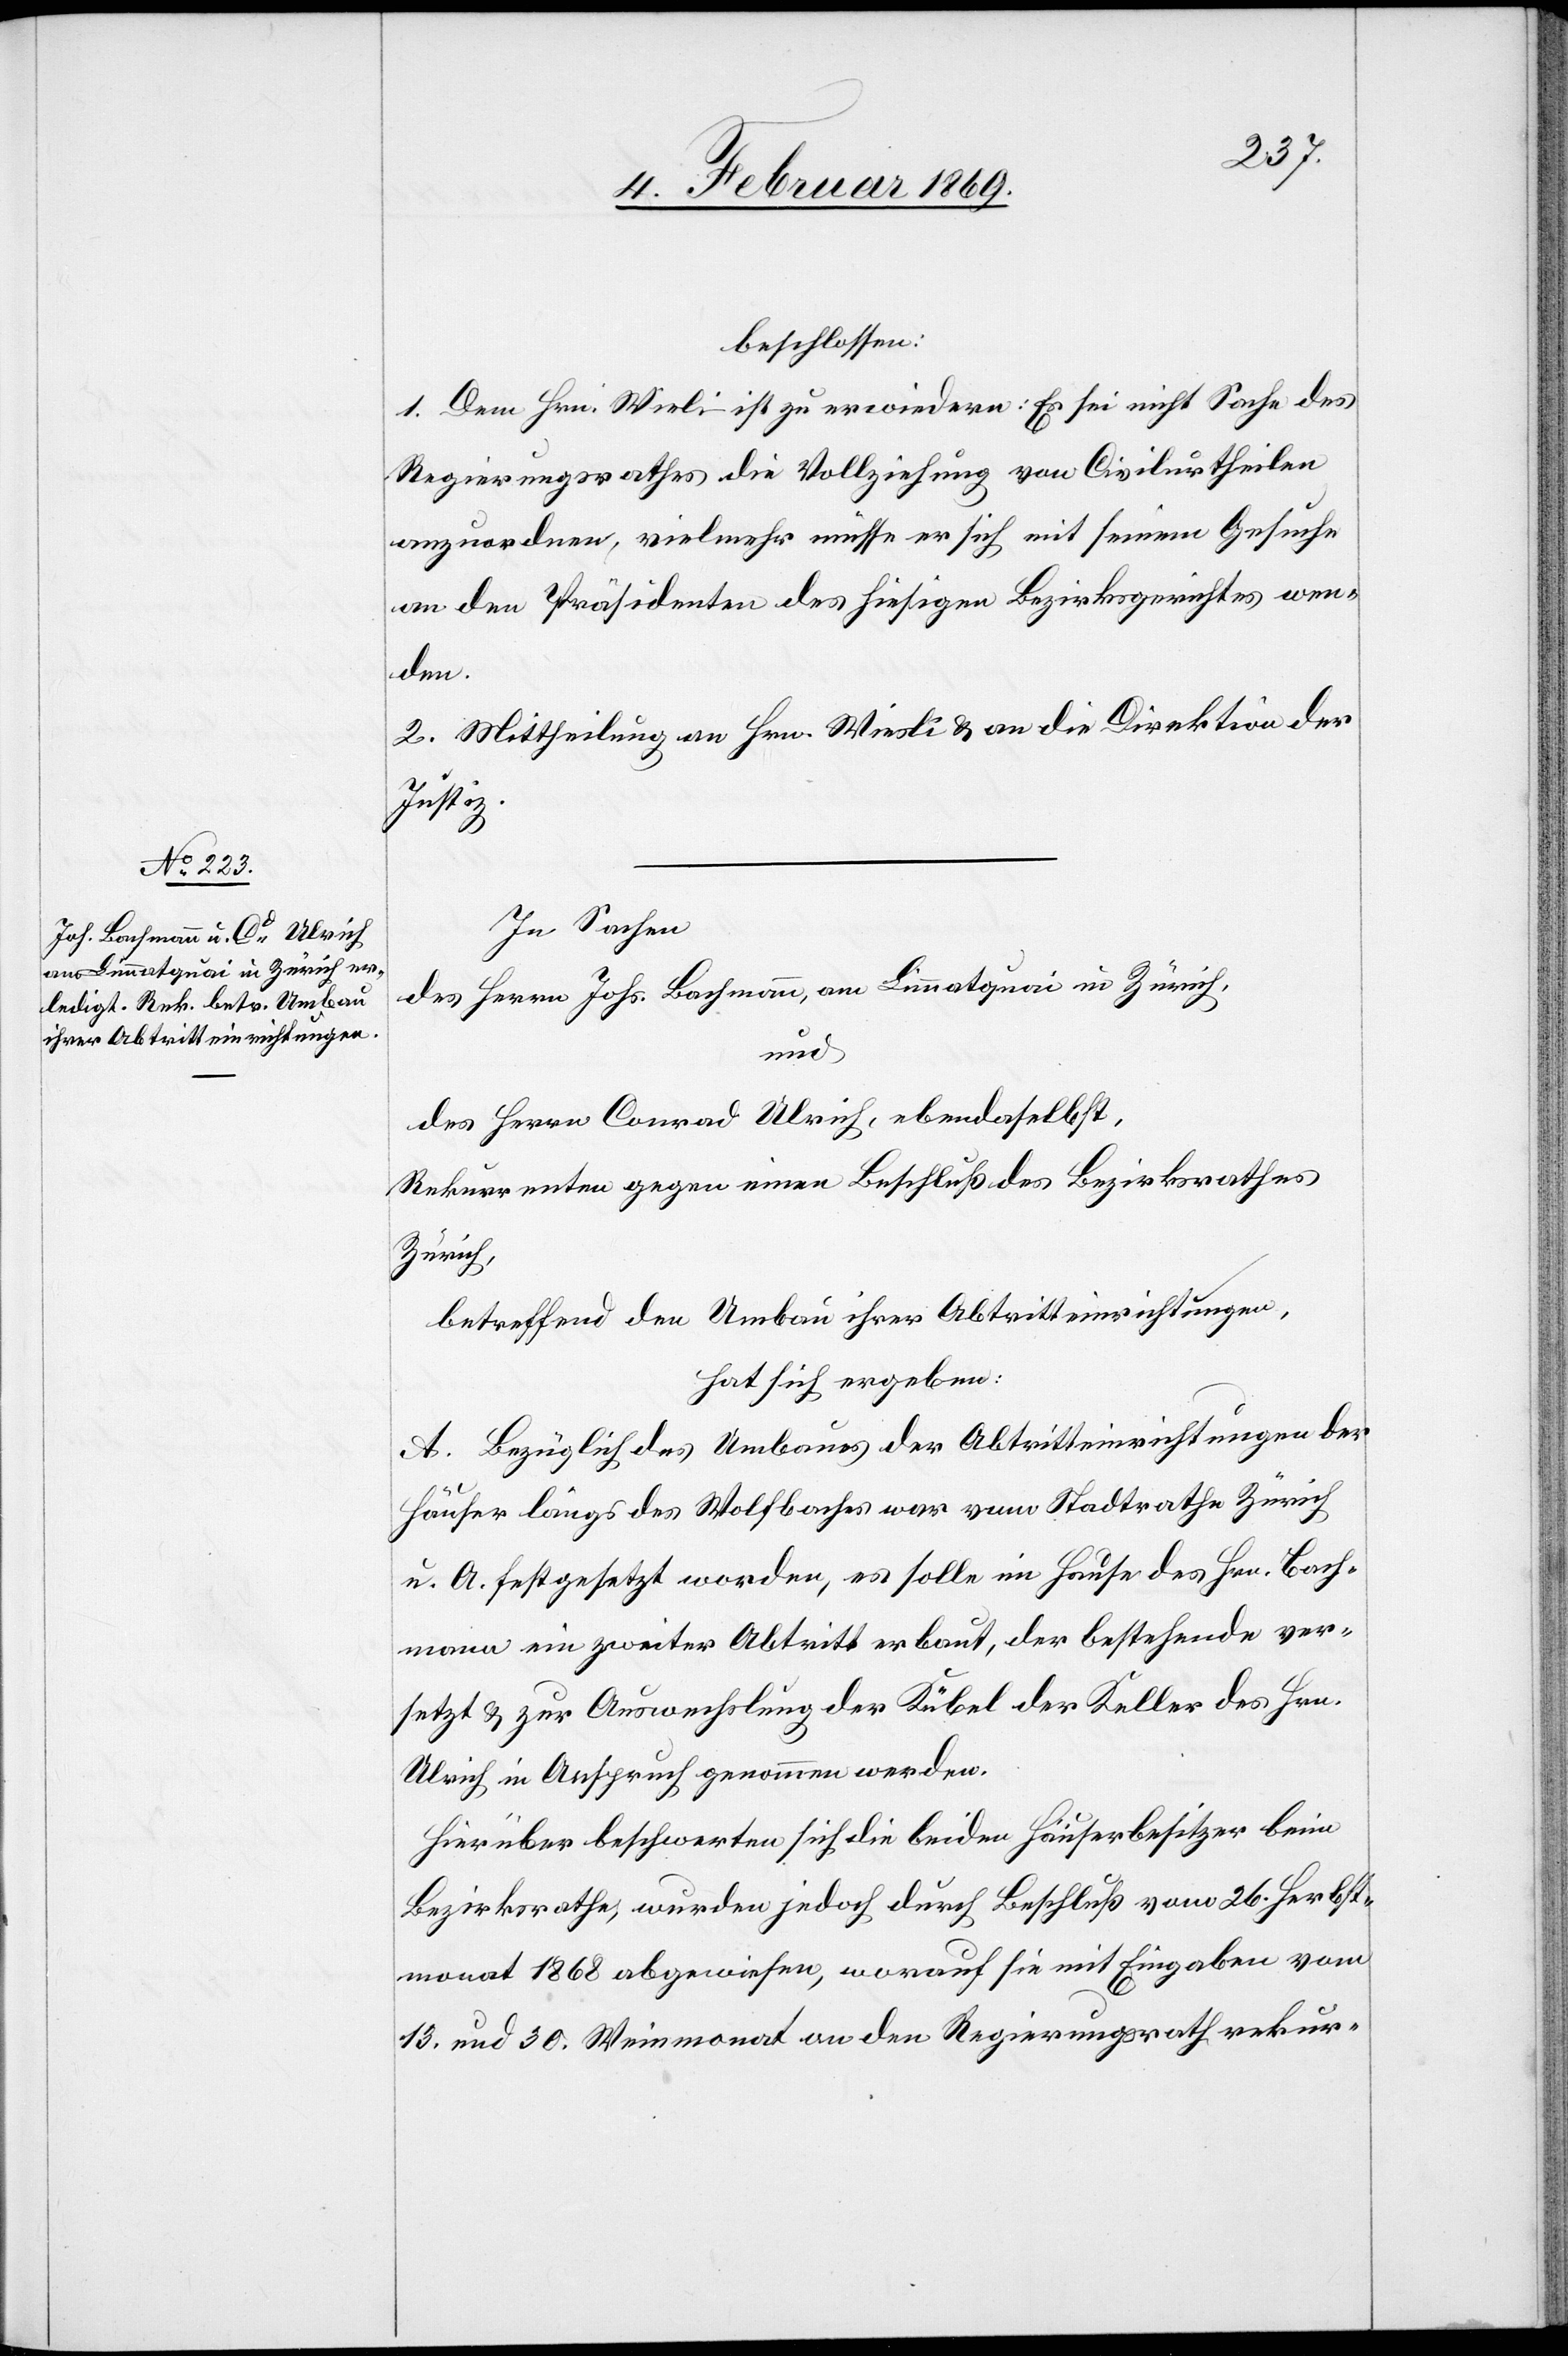
beschlossen:
1. Dem Hrn. Wiesli ist zu ewiedern: Es sei nicht Sache des
Regierungsrathes die Vollziehung von Civilurtheilen
anzuordnen, vielmehr müsse er sich mit seinem Gesuche
an den Präsidenten des hiesigen Bezirksgerichtes wen¬
den.
2. Mittheilung an Hrn. Wiesli u. an die Direktion der
Justiz.
In Sachen
des Herrn Johs. Bachmann, am Limmatquai in Zürich,
und
des Herrn Conrad Ulrich, ebendaselbst,
Rekurrenten gegen einen Beschluß des Bezirksrathes
Zürich,
betreffend den Umbau ihrer Abtrittseinrichtungen,
hat sich ergeben:
A. Bezüglich des Umbaues der Abtrittseinrichtungen der
Häuser längs des Wolfbaches war vom Stadtrathe Zürich
u. A. festgesetzt worden, es solle im Hause des Hrn. Bach¬
mann ein zweiter Abschnitt erbaut, der bestehende ver¬
setzt u. zur Auswechslung der Kübel der Keller des Hrn.
Ulrich in Anspruch genommen werden.
Hierüber beschwerten sich die beiden Häuserbesitzer beim
Bezirksrathe, wurden jedoch durch Beschluß vom 26. Herbst¬
monat 1868 abgewiesen, worauf sie mit Eingabe vom
13. und 30. Weinmonat an den Regierungsrathe rekur-